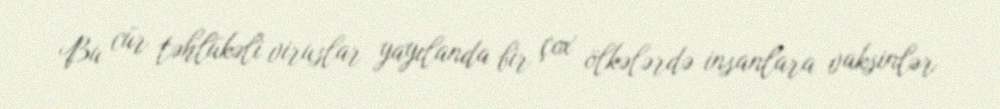
Bu cür təhlükəli viruslar yayılanda bir çox ölkələrdə insanlara vaksinlər